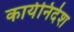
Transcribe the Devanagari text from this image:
कार्यनिर्देश